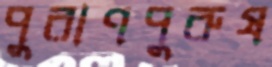
পুরাণপুরুষ